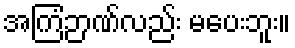
အကြံဉာဏ်လည်း မပေးဘူး။